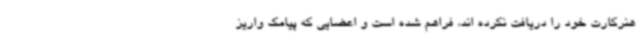
هنرکارت خود را دریافت نکرده اند، فراهم شده است و اعضایی که پیامک واریز